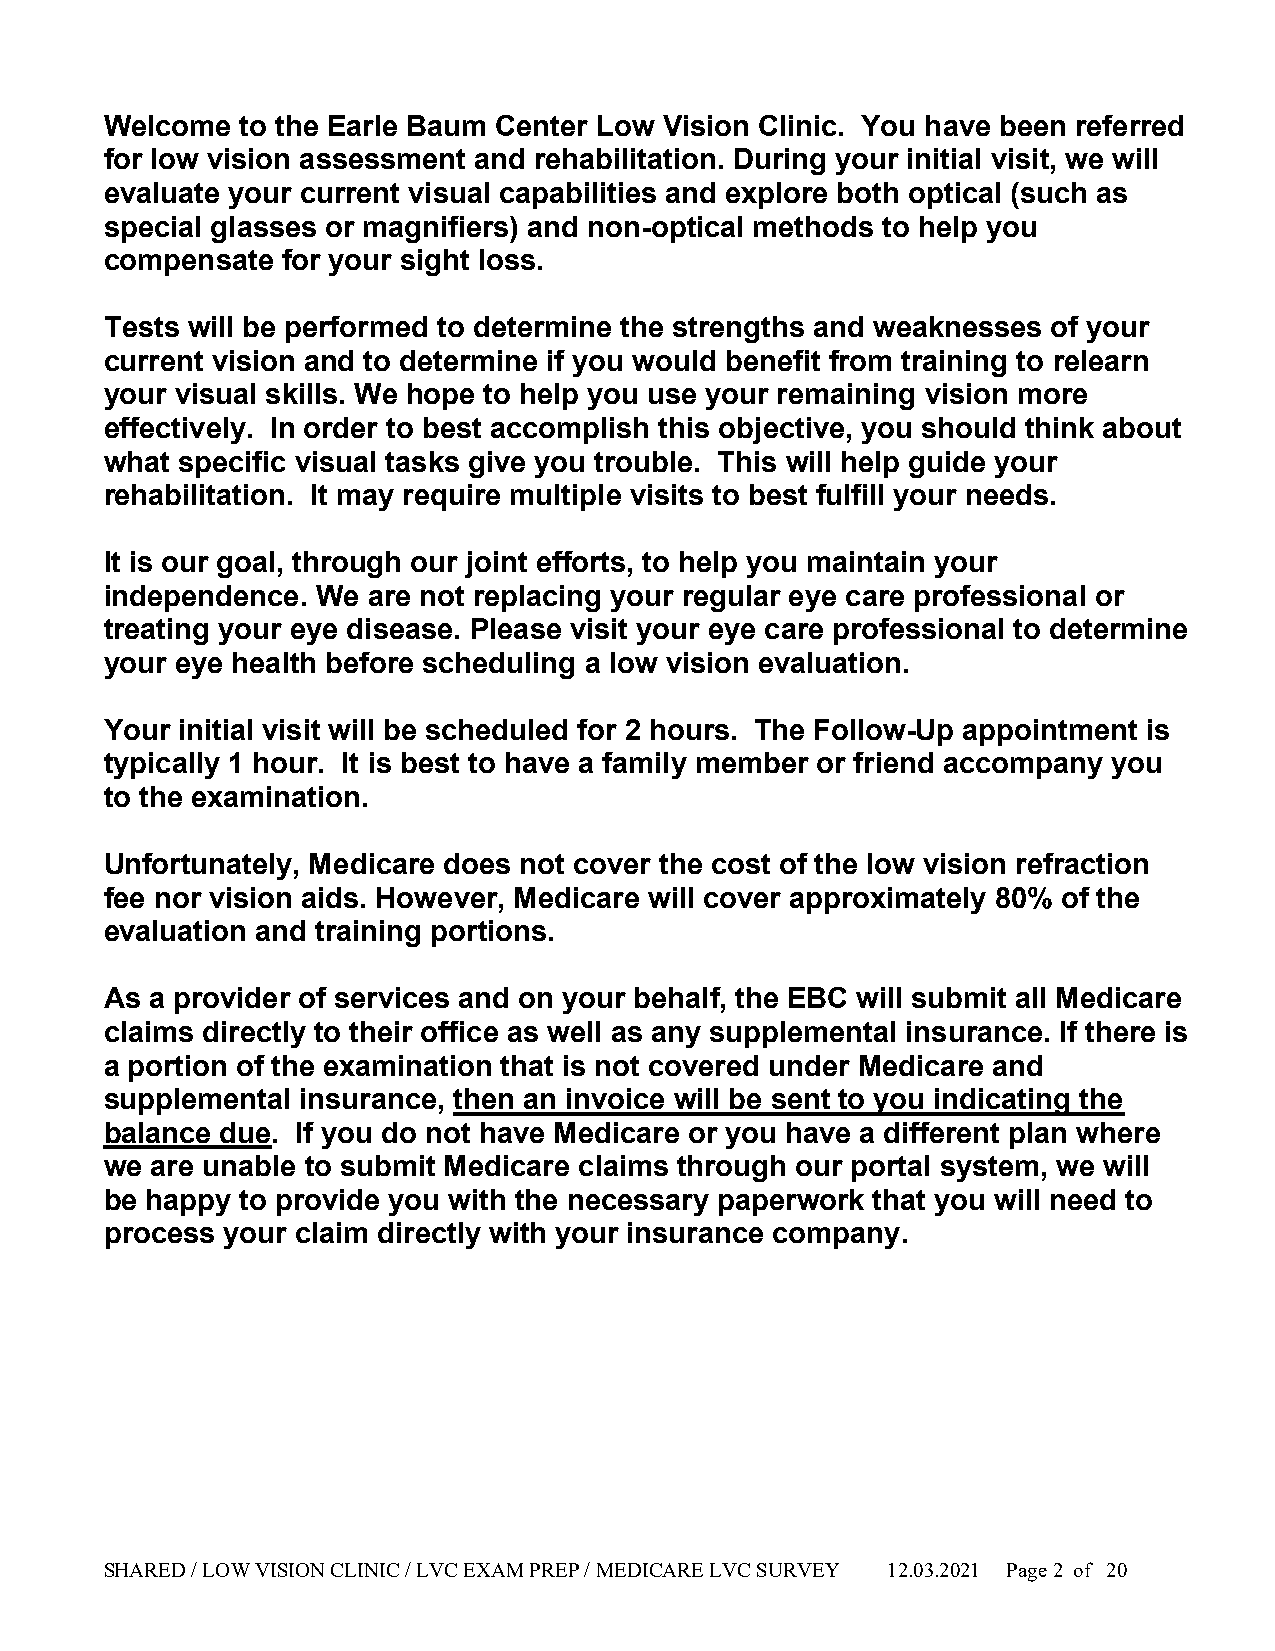
Welcome  to the Earle Baum Center Low Vision Clinic. You have been referred
 for low vision assessment and rehabilitation. During your initial visit, we will
 evaluate your current visual capabilities and explore both optical (such as
 special glasses or magnifiers) and non-optical methods to help you
 compensate  for your sight loss.
 Tests will be performed to determine the strengths and weaknesses of your
 current vision and to determine if you would benefit from training to relearn
 your visual skills. We hope to help you use your remaining vision more
 effectively. In order to best accomplish this objective, you should think about
 what specific visual tasks give you trouble. This will help guide your
 rehabilitation. It may require multiple visits to best fulfill your needs.
 It is our goal, through our joint efforts, to help you maintain your
 independence. We are not replacing your regular eye care professional or
 treating your eye disease. Please visit your eye care professional to determine
 your eye health before scheduling a low vision evaluation.
 Your initial visit will be scheduled for 2 hours. The Follow-Up appointment is
 typically 1 hour. It is best to have a family member or friend accompany you
 to the examination.
 Unfortunately, Medicare does not cover the cost of the low vision refraction
 fee nor vision aids. However, Medicare will cover approximately 80% of the
 evaluation and training portions.
 As a provider of services and on your behalf, the EBC will submit all Medicare
 claims directly to their office as well as any supplemental insurance. If there is
 a portion of the examination that is not covered under Medicare and
 supplemental insurance, then an invoice will be sent to you indicating the
 balance due. If you do not have Medicare or you have a different plan where
 we are unable to submit Medicare claims through our portal system, we will
 be happy to provide you with the necessary paperwork that you will need to
 process your claim directly with your insurance company.
 SHARED / LOW VISION CLINIC / LVC EXAM PREP / MEDICARE LVC SURVEY 12.03.2021 Page 2 of 20